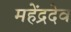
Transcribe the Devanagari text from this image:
महेंद्रदेव